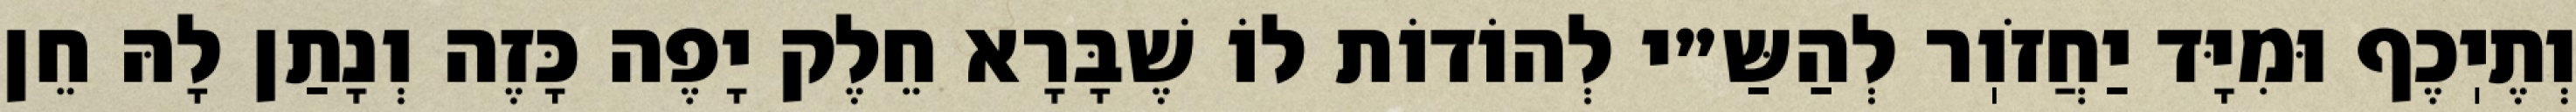
וְתֶיֽכֶף וּמִיָּד יַחֲזֹוֽר לְהַשַּ״י לְהוֹדוֹת לוֹ שֶׁבָּרָא חֵלֶק יָפֶה כָּזֶה וְנָתַן לָהּ חֵן